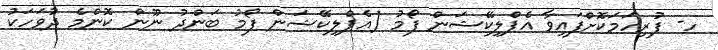
ހ- ފުރިހަމަކޮށްފައިވާ އެޕްލިކޭޝަން ފޯމު (އެޕްލިކޭޝަން ފޯމު ބަންދު ނޫން ކޮންމެ ދުވަހަކު